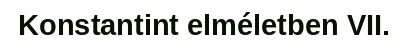
Konstantint elméletben VII.